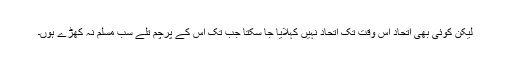
لیکن کوئی بھی اتحاد اس وقت تک اتحاد نہیں کہلایا جا سکتا جب تک اس کے پرچم تلے سب مسلم نہ کھڑے ہوں۔